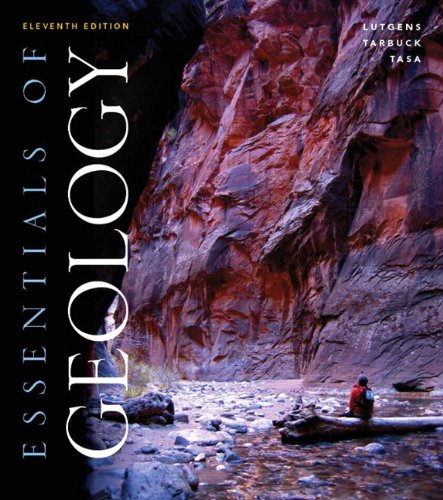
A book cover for Essentials of Geology (11th Edition); Frederick K. Lutgens; Science & Math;